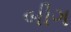
બીગ